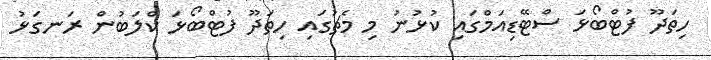
ހިތަދޫ ފުޓްބޯޅަ ސްޓޭޑިއަމްގައި ކުޅުނު މި މެޗުގައި ހިތަދޫ ފުޓްބޯޅަ ކްލަބުން ރަނގަޅު